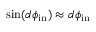
\sin ( d \phi _ { \mathrm { i n } } ) \approx d \phi _ { \mathrm { i n } }